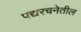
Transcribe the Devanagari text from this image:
पद्यरचनेतील